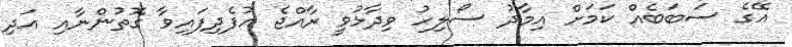
އޭގެ ސަބަބެއް ކަމަށް އިމާދު ސޯލިހު ވިދާޅުވީ ރާއްޖެ އުފެދިފައިވާ ގޮތުންނާއި އަދި